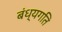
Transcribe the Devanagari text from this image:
बंध्यगति